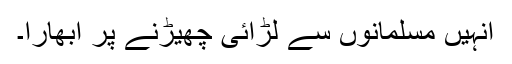
انہیں مسلمانوں سے لڑائی چھیڑنے پر ابھارا۔